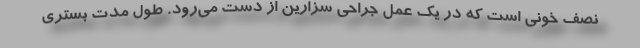
نصف خونی است که در یک عمل جراحی سزارین از دست می‌رود. طول مدت بستری